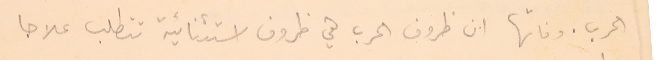
الحرب. وفاتها ان ظروف الحرب هي ظروف استثنائية تتطلب علاجا